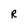
Character: R